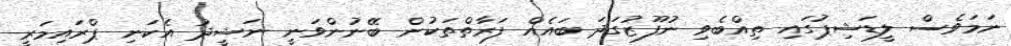
ނަމަވެސް ލީޑަޝިޕުގައި ތިއްބެވި ނުފޫޒުގަދަ ބައެއް ފަރާތްތަކުން ބޭނުންވަނީ ނަޝީދު އެކަނި ޕްރައިމަރީ